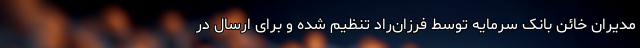
مدیران خائن بانک سرمایه توسط فرزان‌راد تنظیم شده و برای ارسال در